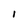
Character: 1